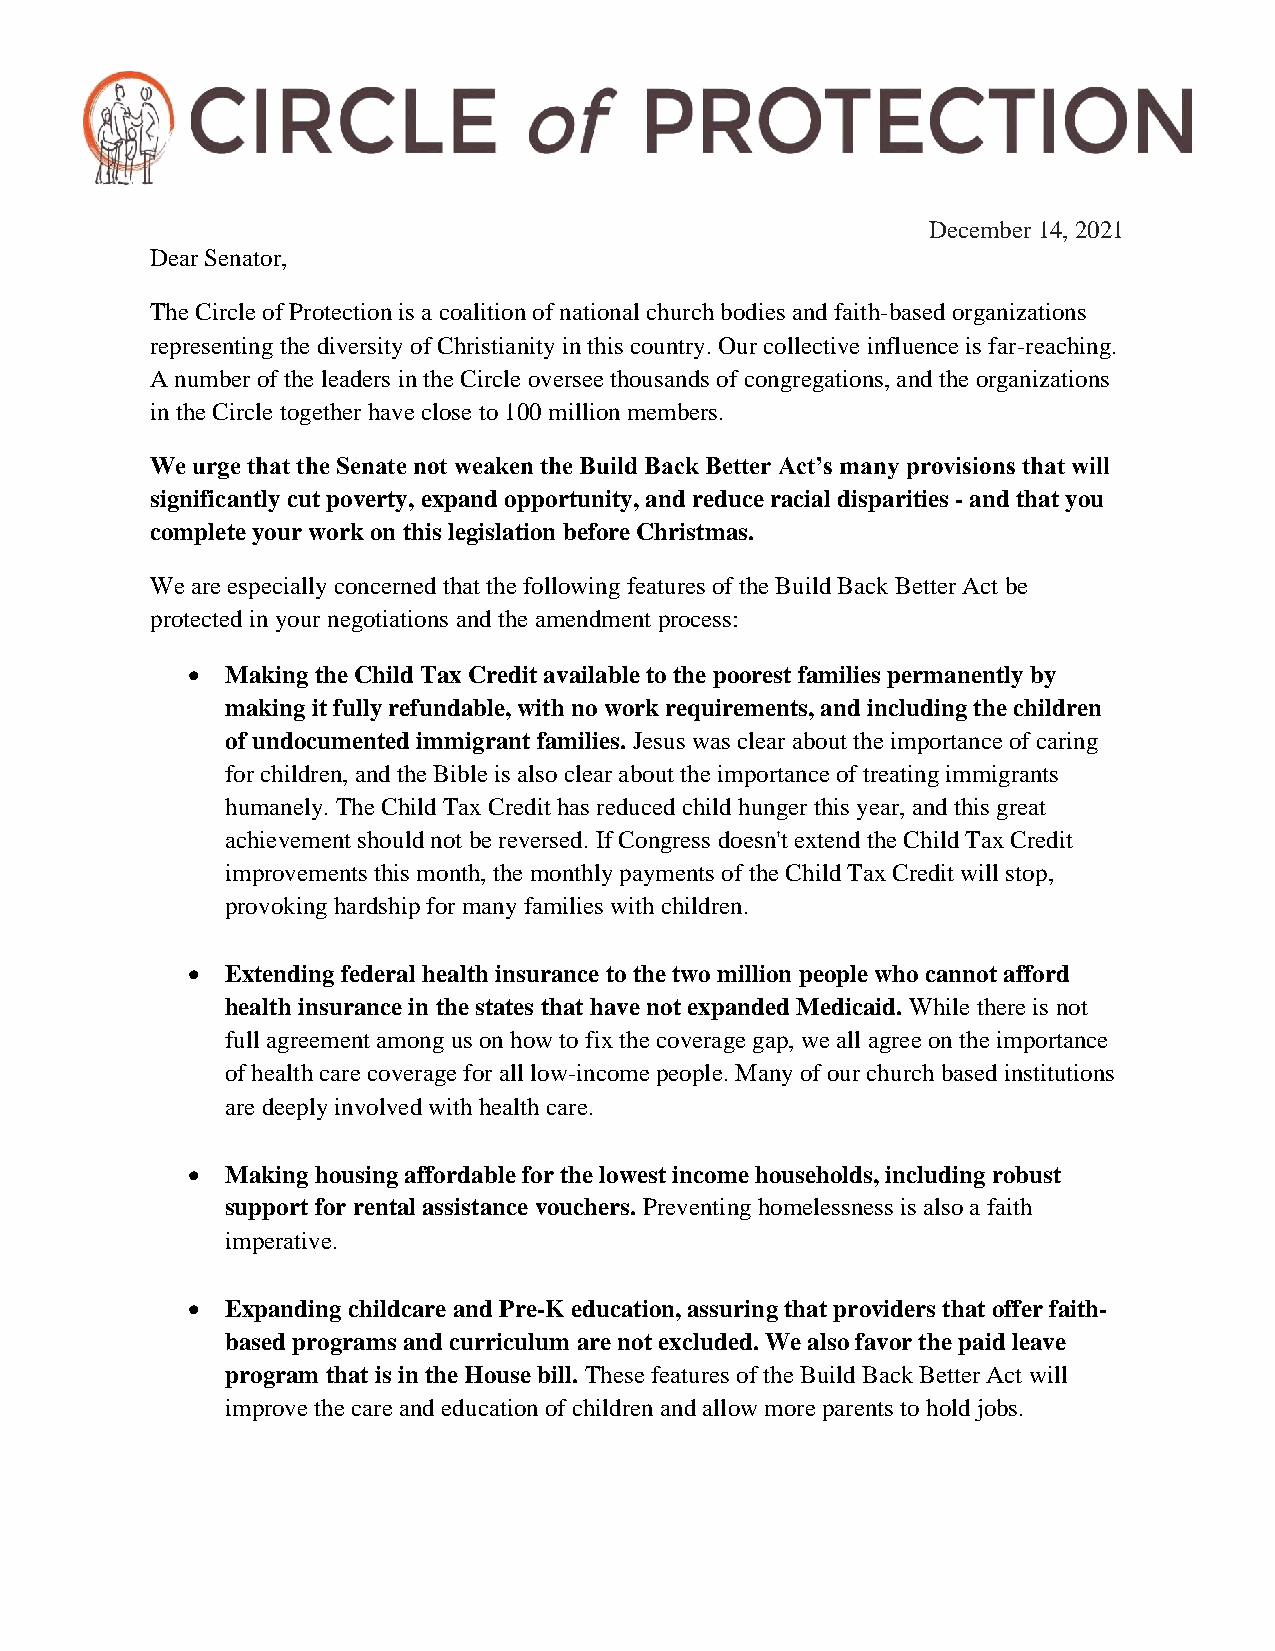
December 14, 2021
 Dear Senator,
 The Circle of Protection is a coalition of national church bodies and faith-based organizations
 representing the diversity of Christianity in this country. Our collective influence is far-reaching.
 A number of the leaders in the Circle oversee thousands of congregations, and the organizations
 in the Circle together have close to 100 million members.
 We urge that the Senate not weaken the Build Back Better Act’s many provisions that will
 significantly cut poverty, expand opportunity, and reduce racial disparities - and that you
 complete your work on this legislation before Christmas.
 We are especially concerned that the following features of the Build Back Better Act be
 protected in your negotiations and the amendment process:
 •  Making the Child Tax Credit available to the poorest families permanently by
 making it fully refundable, with no work requirements, and including the children
 of undocumented immigrant families. Jesus was clear about the importance of caring
 for children, and the Bible is also clear about the importance of treating immigrants
 humanely. The Child Tax Credit has reduced child hunger this year, and this great
 achievement should not be reversed. If Congress doesn't extend the Child Tax Credit
 improvements this month, the monthly payments of the Child Tax Credit will stop,
 provoking hardship for many families with children.
 •  Extending federal health insurance to the two million people who cannot afford
 health insurance in the states that have not expanded Medicaid. While there is not
 full agreement among us on how to fix the coverage gap, we all agree on the importance
 of health care coverage for all low-income people. Many of our church based institutions
 are deeply involved with health care.
 •  Making housing affordable for the lowest income households, including robust
 support for rental assistance vouchers. Preventing homelessness is also a faith
 imperative.
 •  Expanding childcare and Pre-K education, assuring that providers that offer faith-
 based programs and curriculum are not excluded. We also favor the paid leave
 program that is in the House bill. These features of the Build Back Better Act will
 improve the care and education of children and allow more parents to hold jobs.